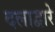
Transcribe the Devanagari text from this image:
दलाद्वारे